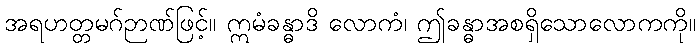
အရဟတ္တမဂ်ဉာဏ်ဖြင့်။ ဣမံခန္ဓာဒိ လောကံ၊ ဤခန္ဓာအစရှိသောလောကကို။